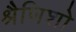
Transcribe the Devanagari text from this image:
श्रैणिशो